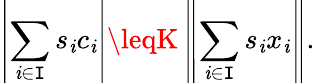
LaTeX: \left|\sum_{\mathit{i}\in\mathtt{I}}s_{\mathit{i}}c_{\mathit{i}}\right|\leqK\left\| \sum_{\mathit{i}\in\mathtt{I}}s_{\mathit{i}}x_{\mathit{i}}\right\| .